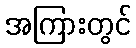
အကြားတွင်